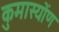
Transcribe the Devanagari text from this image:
कुमास्योंण